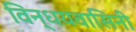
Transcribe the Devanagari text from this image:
विन्धयवासिनी